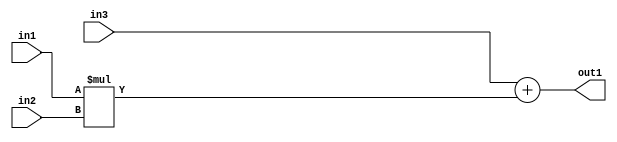
`timescale 1ps / 1ps
/*****************************************************************************
    Verilog RTL Description
    
    
    Created by: Stratus DpOpt 2019.1.01 
*******************************************************************************/

module GaussFilter_Add2Mul2s32u8s32_4 (
	in3,
	in2,
	in1,
	out1
	); /* architecture "behavioural" */ 
input [31:0] in3;
input [7:0] in2;
input [31:0] in1;
output [31:0] out1;
wire [31:0] asc001;

wire [31:0] asc001_tmp_0;
assign asc001_tmp_0 = 
	+(in3);
assign asc001 = asc001_tmp_0
	+(in1 * in2);

assign out1 = asc001;
endmodule

/* CADENCE  uLL2TQ4= : u9/ySgnWtBlWxVPRXgAZ4Og= ** DO NOT EDIT THIS LINE ******/